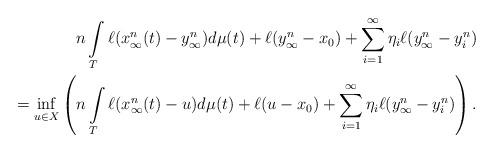
LaTeX: \begin{align*}n\int\limits_T \ell( x_\infty^n(t) - y^n_\infty) d\mu(t) + \ell( y_\infty^n - x_0) + \sum\limits_{i=1}^{\infty} \eta_i \ell( y_\infty^n- y^n_i )\\= \inf\limits_{u \in X} \left( n\int\limits_T \ell( x_\infty^n(t) - u) d\mu(t) + \ell( u - x_0) + \sum\limits_{i=1}^{\infty} \eta_i \ell( y_\infty^n- y^n_i )\right).\end{align*}